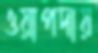
ওয়াপদায়